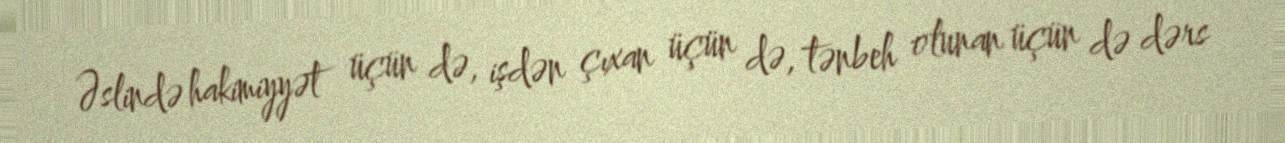
Əslində hakimiyyət üçün də, işdən çıxan üçün də, tənbeh olunan üçün də dərs